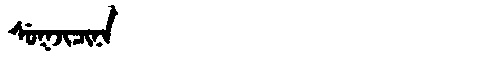
Manchu: ᠰᡠᡴᠵᡳᠴᡳᠨᠠ
Romanization: SUKJICINA